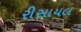
રીસાયલ